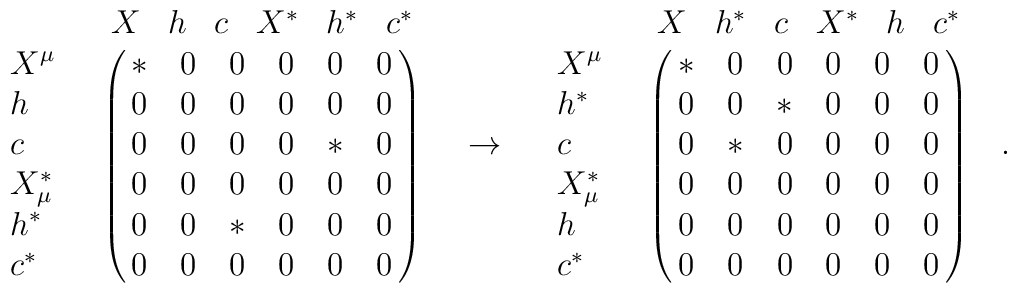
\begin{array}{lcr} \begin{array}{lc}   & \begin{array}{cccccc}       X& h& c & X^* & h^* & c^*     \end{array}  \\     \begin{array}{l}      X^\mu\\ h\\ c \\ X^*_\mu \\ h^* \\ c^*     \end{array} &     \pmatrix{*&0 & 0 & 0 & 0 & 0 \cr 0 &0 & 0 & 0 & 0 & 0\cr              0 &0 & 0 & 0 & * & 0\cr 0 &0 & 0 & 0 & 0 & 0\cr              0 &0 & * & 0 & 0 & 0\cr 0 &0 & 0 & 0 & 0 & 0\cr} \end{array}&\rightarrow& \begin{array}{lc}   & \begin{array}{cccccc}       X& h^*& c & X^* & h & c^*     \end{array}  \\     \begin{array}{l}X^\mu\\ h^*\\ c \\ X^*_\mu \\ h \\ c^*     \end{array} &     \pmatrix{*&0 & 0 & 0 & 0 & 0 \cr 0 &0 & * & 0 & 0 & 0\cr              0 &* & 0 & 0 & 0 & 0\cr 0 &0 & 0 & 0 & 0 & 0\cr              0 &0 & 0 & 0 & 0 & 0\cr 0 &0 & 0 & 0 & 0 & 0\cr} \end{array}\end{array}.